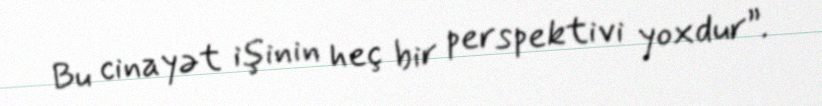
Bu cinayət işinin heç bir perspektivi yoxdur”.